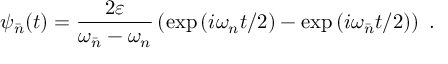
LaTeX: \psi _ { \bar { n } } ( t ) = { \frac { 2 \varepsilon } { \omega _ { \bar { n } } - \omega _ { n } } } \left( { \exp \left( { { { i \omega _ { n } t } \mathord { \left/ { \vphantom { { i \omega _ { n } t } 2 } } \right. \kern - \nulldelimiterspace } 2 } } \right) - \exp \left( { { { i \omega _ { \bar { n } } t } \mathord { \left/ { \vphantom { { i \omega _ { \bar { n } } t } 2 } } \right. \kern - \nulldelimiterspace } 2 } } \right) } \right) \ .